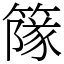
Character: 䉌